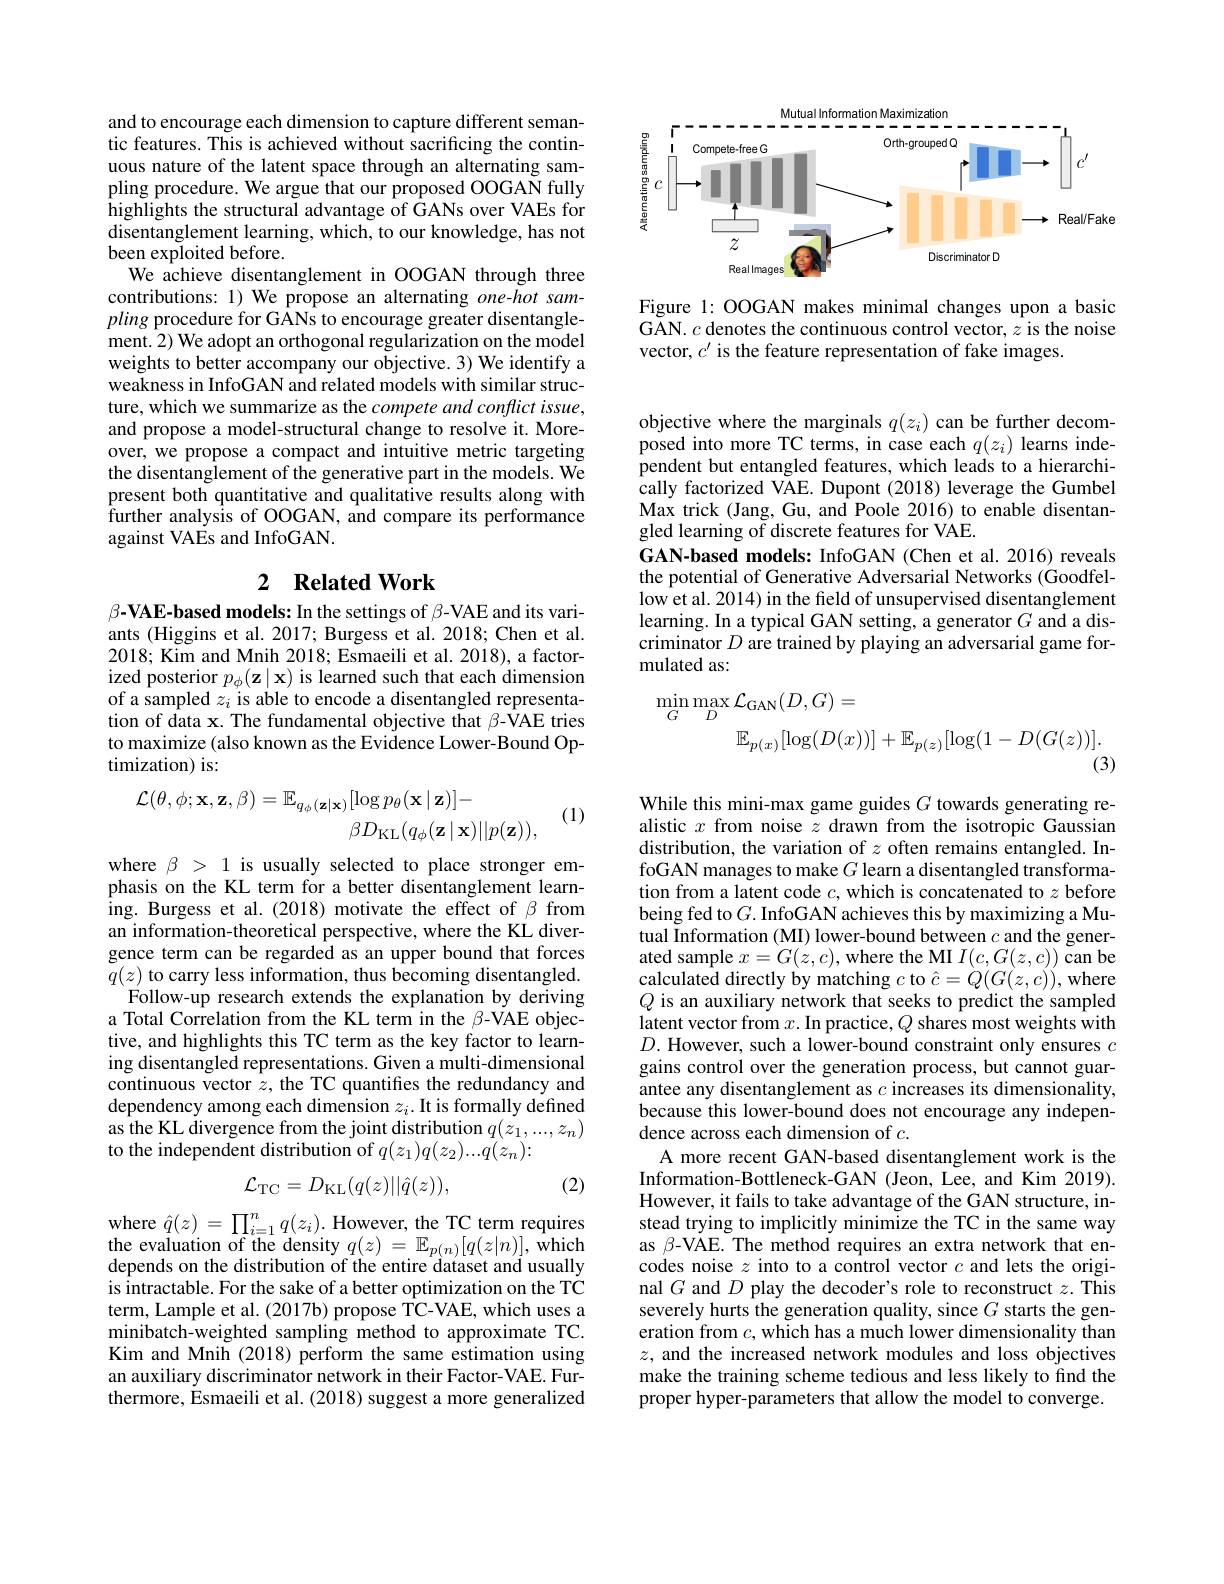
<FigureHere>

Figure 1: OOGAN makes minimal changes upon a basic GAN. $c$ denotes the continuous control vector, $z$ is the noise vector, $c^\prime$ is the feature representation of fake images.

and to encourage each dimension to capture different semantic features. This is achieved without sacrificing the continuous nature of the latent space through an alternating sampling procedure. We argue that our proposed OOGAN fully highlights the structural advantage of GANs over VAEs for disentanglement learning, which, to our knowledge, has not been exploited before.
We achieve disentanglement in OOGAN through three contributions: 1) We propose an alternating one-hot sampling procedure for GANs to encourage greater disentanglement. 2) We adopt an orthogonal regularization on the model weights to better accompany our objective. 3) We identify a weakness in InfoGAN and related models with similar structure, which we summarize as the compete and conflict issue, and propose a model-structural change to resolve it. Moreover, we propose a compact and intuitive metric targeting the disentanglement of the generative part in the models. We present both quantitative and qualitative results along with $\bar{\text{further analysis of OOGAN, and compare its performance}}$ against VAEs and InfoGAN.

## 2 $\textbf{Related Work}$

$\beta-\mathbf{VAE-based~models:~In~the~settings~of~\beta-VAE~and~its~vari-}$ ants (Higgins et al. 2017; Burgess et al. 2018; Chen et al. 2018; Kim and Mnih 2018; Esmaeili et al. 2018), a factorized posterior $p_\phi(\mathbf{z}\mid\mathbf{x})$ is learned such that each dimension of a sampled $z_i$ is able to encode a disentangled representation of data x. The fundamental objective that $\beta$-VAE tries to maximize (also known as the Evidence Lower-Bound Optimization) is:
$$\begin{array}{c}\mathcal{L}(\theta,\phi;\mathbf{x},\mathbf{z},\beta)=\mathbb{E}_{q_\phi(\mathbf{z}|\mathbf{x})}[\log p_\theta(\mathbf{x}\mid\mathbf{z})]-\\\beta D_{\mathrm{KL}}(q_\phi(\mathbf{z}\mid\mathbf{x})||p(\mathbf{z})),\end{array}$$
(1)

where $\beta>1$ is usually selected to place stronger emphasis on the KL term for a better disentanglement learning. Burgess et al.(2018) motivate the effect of $\beta$ from an information-theoretical perspective, where the KL divergence term can be regarded as an upper bound that forces $q(z)$ to carry less information, thus becoming disentangled.
Follow-up research extends the explanation by deriving a Total Correlation from the KL term in the $\beta$-VAE objective, and highlights this TC term as the key factor to learning disentangled representations. Given a multi-dimensional continuous vector $z$, the TC quantifies the redundancy and dependency among each dimension $z_i.$ It is formally defined as the KL divergence from the joint distribution $q(z_1,...,z_n)$ to the independent distribution of $q(z_1)q(z_2)...q(z_n)\colon$
$$\mathcal{L}_{\mathrm{TC}}=D_{\mathrm{KL}}(q(z)||\hat{q}(z)),$$
(2)

$\begin{array}{l}{\mathrm{where~}\hat{q}(z)=\prod_{i=1}^{n}q(z_{i}).\mathrm{However,~the~TC~term~requires}}\\{\mathrm{the~evaluation~of~the~density~}q(z)=\mathbb{E}_{p(n)}[q(z|n)],\mathrm{~which}}\end{array}$ depends on the distribution of the entire dataset and usually is intractable. For the sake of a better optimization on the TC term, Lample et al. (2017b) propose TC-VAE, which uses a minibatch-weighted sampling method to approximate TC. Kim and Mnih (2018) perform the same estimation using an auxiliary discriminator network in their Factor-VAE. Furthermore, Esmaeili et al. (2018) suggest a more generalized

objective where the marginals $q(z_i)$ can be further decomposed into more TC terms, in case each $q(z_i)$ learns independent but entangled features, which leads to a hierarchically factorized VAE. Dupont (2018) leverage the Gumbel Max trick (Jang, Gu, and Poole 2016) to enable disentangled learning of discrete features for VAE.
GAN-based models: InfoGAN (Chen et al. 2016) reveals the potential of Generative Adversarial Networks (Goodfellow et al. 2014) in the field of unsupervised disentanglement learning. In a typical GAN setting, a generator $G$ and a discriminator $D$ are trained by playing an adversarial game formulated as:
$$\begin{aligned}\operatorname*{min}_{G}\operatorname*{max}_{D}\mathcal{L}_{\mathrm{GAN}}(D,G)&=\\&\mathbb{E}_{p(x)}[\log(D(x))]+\mathbb{E}_{p(z)}[\log(1-D(G(z))].\end{aligned}$$
While this mini-max game guides $G$ towards generating realistic $x$ from noise $z$ drawn from the isotropic Gaussian distribution, the variation of $z$ often remains entangled. InfoGAN manages to make $G$ learn a disentangled transformation from a latent code $c$, which is concatenated to $z$ before being fed to $G.$ InfoGAN achieves this by maximizing a Mutual Information (MI) lower-bound between $c$ and the generated sample $x=G(z,c)$, where the MI $I(c,G(z,c))$ can be calculated directly by matching $c$ to $\hat{c}=Q(G(z,c))$, where $Q$ is an auxiliary network that seeks to predict the sampled latent vector from $x.$ In practice, $Q$ shares most weights with $D.$ However, such a lower-bound constraint only ensures $c$ gains control over the generation process, but cannot guarantee any disentanglement as $c$ increases its dimensionality, because this lower-bound does not encourage any independence across each dimension of $c.$
A more recent GAN-based disentanglement work is the Information-Bottleneck-GAN (Jeon, Lee, and Kim 2019). However, it fails to take advantage of the GAN structure, instead trying to implicitly minimize the TC in the same way as $\beta$-VAE.The method requires an extra network that encodes noise $z$ into to a control vector $c$ and lets the original $G$ and $D$ play the decoder's role to reconstruct $z.$ This severely hurts the generation quality, since $G$ starts the generation from $c$, which has a much lower dimensionality than $z$, and the increased network modules and loss objectives make the training scheme tedious and less likely to find the proper hyper-parameters that allow the model to converge.